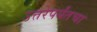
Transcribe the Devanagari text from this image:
उत्तरेपर्यंतचा